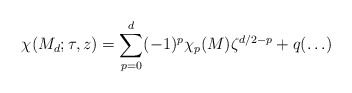
\begin{align*}\chi(M_d;\tau,z)=\sum_{p=0}^{d}(-1)^p\chi_p(M)\zeta^{d/2-p}+q(\ldots)\end{align*}